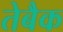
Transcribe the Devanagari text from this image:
तेबैक